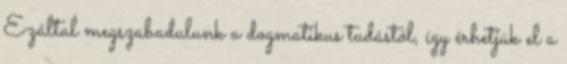
Ezáltal megszabadulunk a dogmatikus tudástól, így érhetjük el a